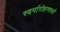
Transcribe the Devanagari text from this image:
स्वर्गारोहणपर्व